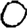
Digit: 0